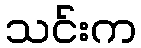
သင်းက